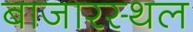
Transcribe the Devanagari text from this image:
बाजारस्थल